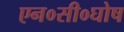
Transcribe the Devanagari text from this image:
एन०सी०घोष